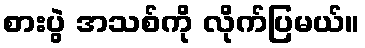
စားပွဲ အသစ်ကို လိုက်ပြမယ်။